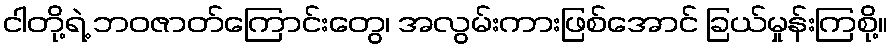
ငါတို့ရဲ့ ဘဝဇာတ်ကြောင်းတွေ၊ အလွမ်းကားဖြစ်အောင် ခြယ်မှုန်းကြစို့။